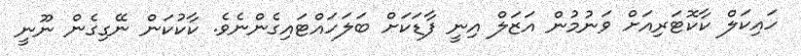
ހައިކަލް ކާކޮޓަރިއަށް ވަނުމުން އަޒަލް އިނީ ފާޑަކަށް ބަލަހައްޓައިގެންނެވެ. ކާކުކަން ނޭގިގެން ނޫނީ